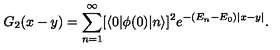
G _ { 2 } ( x - y ) = \sum _ { n = 1 } ^ { \infty } [ \langle 0 | \phi ( 0 ) | n \rangle ] ^ { 2 } e ^ { - ( E _ { n } - E _ { 0 } ) | x - y | } .